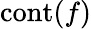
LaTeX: \operatorname{cont}(f)